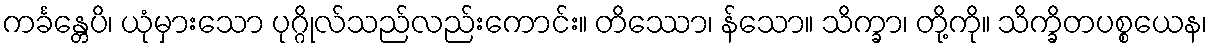
ကင်္ခန္တေပိ၊ ယုံမှားသော ပုဂ္ဂိုလ်သည်လည်းကောင်း။ တိဿော၊ န်သော။ သိက္ခာ၊ တို့ကို။ သိက္ခိတပစ္စယေန၊